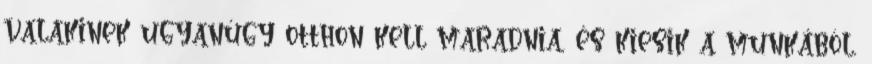
valakinek ugyanúgy otthon kell maradnia, és kiesik a munkából,